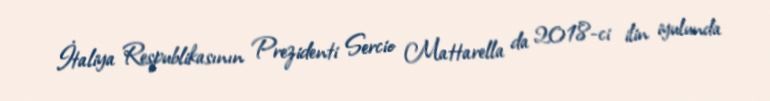
İtaliya Respublikasının Prezidenti Sercio Mattarella da 2018-ci ilin iyulunda